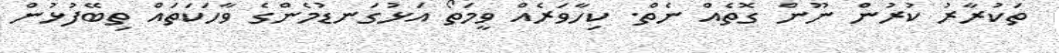
ތަކުރާރު ކުރުން ނޫން ގޮތެއް ނެތް. ކިހާވަރެއް ވީމަތޯ އަޅުގަނޑުމެންގެ ވާހަކަތައް ތިބޭފުޅުން